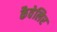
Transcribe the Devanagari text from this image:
कैवेलिर